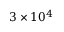
3 \times 1 0 ^ { 4 }